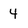
Character: 4